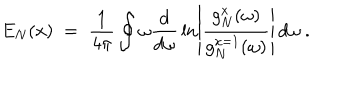
E _ { N } ( x ) \; = \; { \frac { 1 } { 4 \pi } } \oint \omega { \frac { d } { d \omega } } \ln \left| { \frac { g _ { N } ^ { x } ( \omega ) } { g _ { N } ^ { x = 1 } ( \omega ) } } \right| \, d \omega \; .